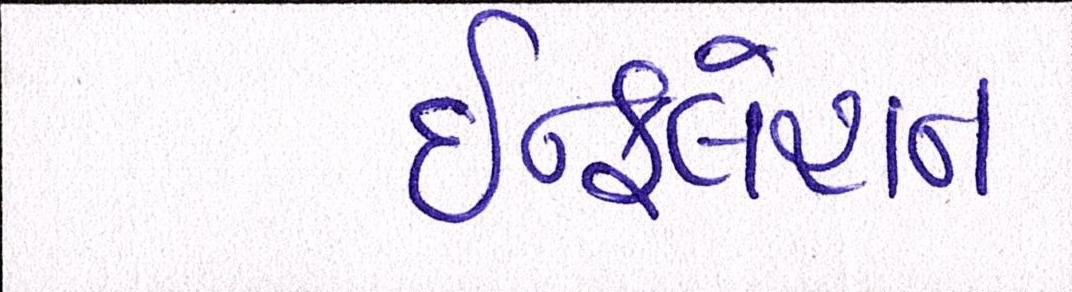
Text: ઇન્ફલેશન